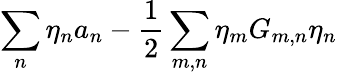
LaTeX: \sum_{n}\eta_{n}a_{n}-\frac{1}{2}\sum_{m,n}\eta_{m}G_{m,n}\eta_{n}